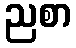
ညစာ